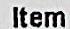
ITEM